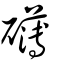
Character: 礴